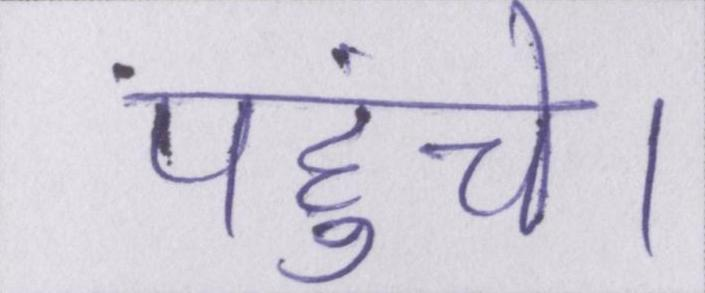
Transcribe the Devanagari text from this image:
पहुंचे।